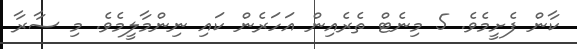
ކާން ފެށީމެވެ. 5 މިނެޓް ތެރެއިން އަހަރެން ކައި ނިންމާލީމެވެ. މި ސާރާ